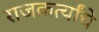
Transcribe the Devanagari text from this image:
राजकर्त्यांचे